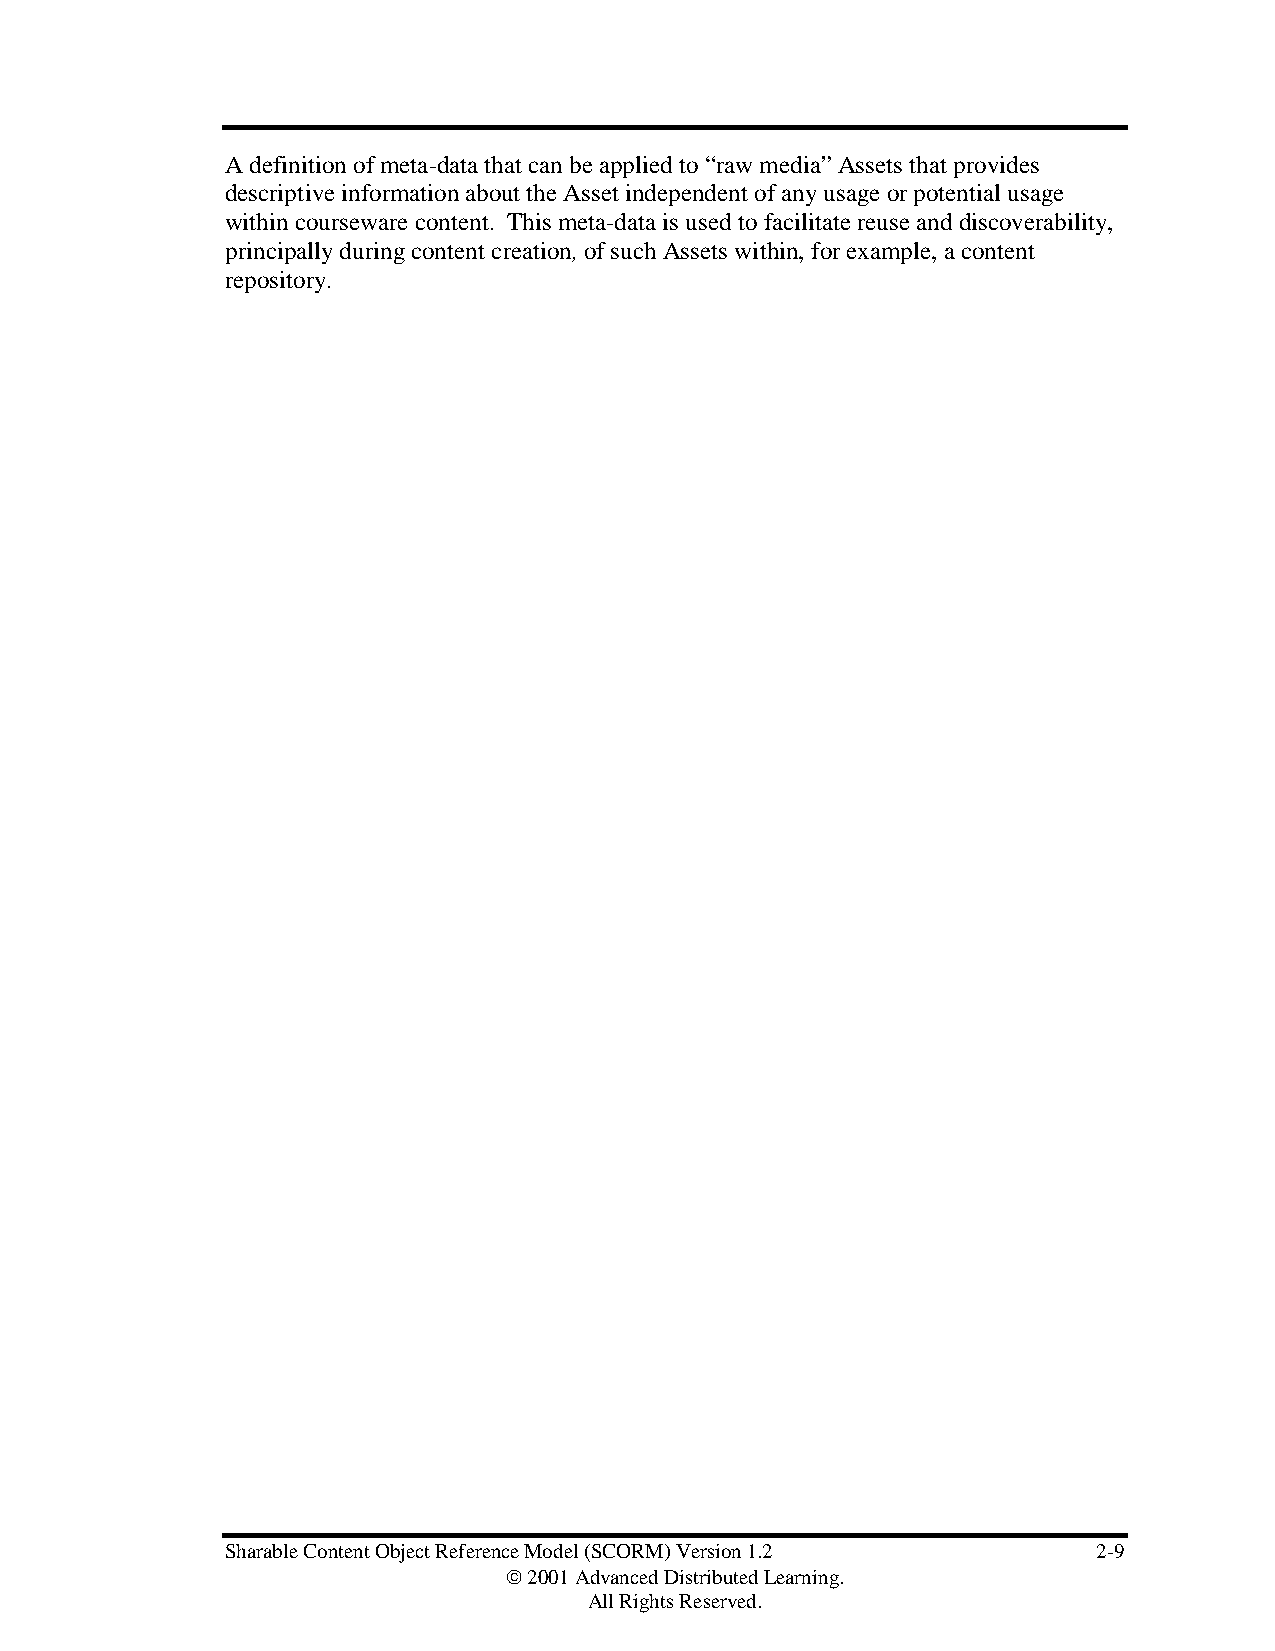
A definition of meta-data that can be applied to “raw media” Assets that provides
 descriptive information about the Asset independent of any usage or potential usage
 within courseware content. This meta-data is used to facilitate reuse and discoverability,
 principally during content creation, of such Assets within, for example, a content
 repository.
 Sharable Content Object Reference Model (SCORM) Version 1.2 2-9
  2001 Advanced Distributed Learning.
 All Rights Reserved.